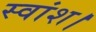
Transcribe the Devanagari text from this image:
स्वांश।